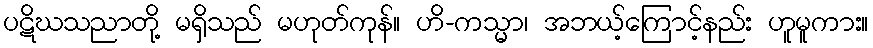
ပဋိဃသညာတို့ မရှိသည် မဟုတ်ကုန်။ ဟိ-ကသ္မာ၊ အဘယ့်ကြောင့်နည်း ဟူမူကား။